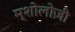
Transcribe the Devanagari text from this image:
म्शोलोज़ी